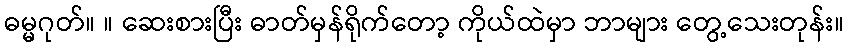
ဓမ္မဂုတ်။ ။ ဆေးစားပြီး ဓာတ်မှန်ရိုက်တော့ ကိုယ်ထဲမှာ ဘာများ တွေ့သေးတုန်း။